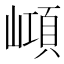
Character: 𡼔